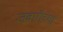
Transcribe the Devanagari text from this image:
जवारीच्या